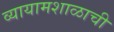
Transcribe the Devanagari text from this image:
व्यायामशाळाची